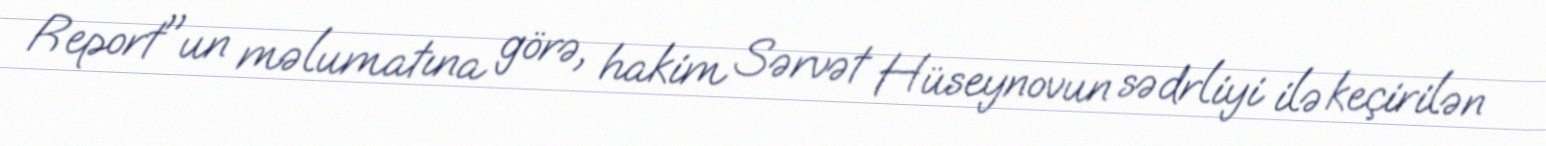
Report"un məlumatına görə, hakim Sərvət Hüseynovun sədrliyi ilə keçirilən